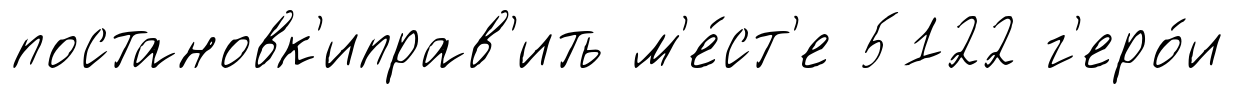
постановк'иправ'ить м'е́ст'е 5122 г'еро́и